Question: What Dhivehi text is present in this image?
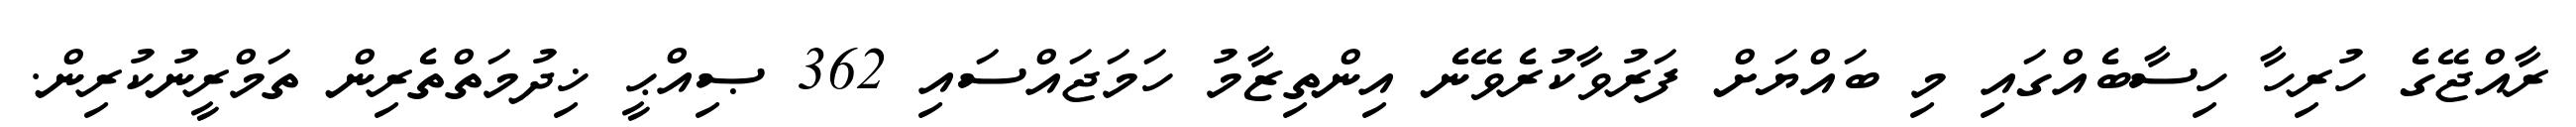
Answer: ރާއްޖޭގެ ހުރިހާ ހިސާބެއްގައި މި ބައްޔަށް ފަރުވާކުރެވޭނެ އިންތިޒާމު ހަމަޖައްސައި 362 ޞިއްޙީ ޚިދުމަތްތެރިން ތަމްރީނުކުރިން.